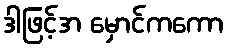
ဒါဖြင့်အ မှောင်ကကော